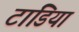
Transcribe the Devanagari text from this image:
टांडिया